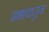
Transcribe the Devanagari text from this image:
प्रभावातुन